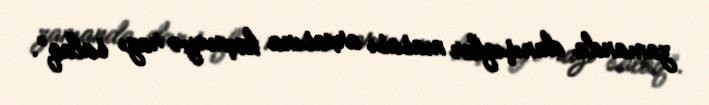
zamanda danışıqlar masası arxasına keçməyə razı salaq”.